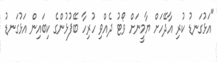
"އަޅުގަނޑު ކުރި އާދޭހަށް ޔާމީނަށް ވޯޓު ދެއްވި ހުރިހާ ބޭފުޅުންގެ ކިބައިން އަޅުގަނޑު